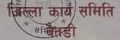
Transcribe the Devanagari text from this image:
जिल्ला कार्य समिति
खैरडी